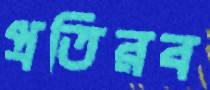
প্রতিরব